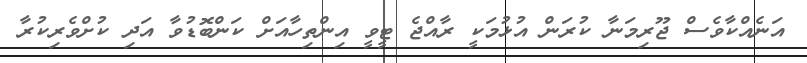
އަނެއްކާވެސް ޖޫރިމަނާ ކުރަން އުޅުމަކީ ރާއްޖެ ޓީވީ އިންތިހާއަށް ކަންބޮޑުވާ އަދި ކުށްވެރިކުރާ